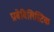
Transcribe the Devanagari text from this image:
प्राबेबिलिस्टिक